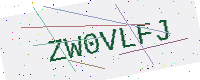
Text: ZW0VLFJ